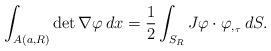
LaTeX: \begin{align*} \int_{A(a,R)} \det \nabla \varphi \, dx = \frac{1}{2} \int_{S_R} J\varphi \cdot \varphi_{,_{\tau}} \,dS.\end{align*}